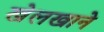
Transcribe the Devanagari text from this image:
खेलखाने